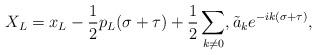
LaTeX: \begin{align*}X_L = x_L - \frac{1}{2} p_L(\sigma + \tau) +\frac{1}{2}\sum_{k \neq 0}, {\tilde a}_k e^{-ik(\sigma + \tau)}, \end{align*}